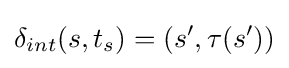
\delta _{int}(s,t_{s})=(s',\tau (s'))